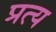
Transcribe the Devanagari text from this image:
प्रत्य